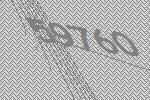
59760